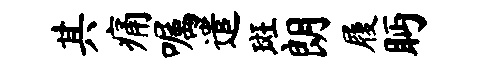
其痛嘱遣斑朗履眄